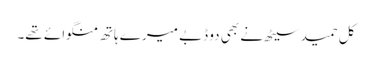
کل حمید سیٹھ نے بھی دو ڈبے میرے ہاتھ منگوائے تھے۔